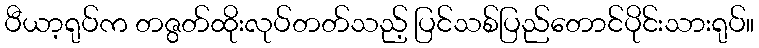
ပီယာ့ရုပ်က တဇွတ်ထိုးလုပ်တတ်သည့် ပြင်သစ်ပြည်တောင်ပိုင်းသားရုပ်။